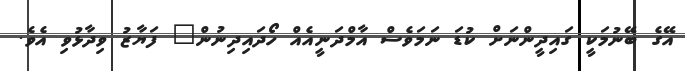
އޭގެ ބޭނުމަކީ ގައިދީންނަށް ކުޑަ ނަމަވެސް އާމްދަނީއެއް ހޯދައިދިނުން" ފަޔާޒު ވިދާޅުވި އެވެ.